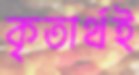
কৃতার্থই